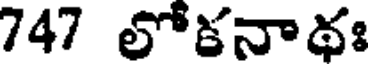
747 లోకనాథః